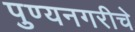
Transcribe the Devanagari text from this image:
पुण्यनगरीचे